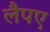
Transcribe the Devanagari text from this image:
लैपए